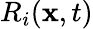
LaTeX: R_{i}(\mathbf{x},t)